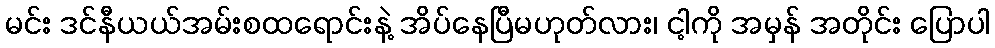
မင်း ဒင်နီယယ်အမ်းစထရောင်းနဲ့ အိပ်နေပြီမဟုတ်လား၊ ငါ့ကို အမှန် အတိုင်း ပြောပါ